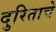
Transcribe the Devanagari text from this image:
दुरिताचे